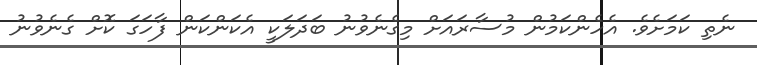
ނެތި ކަމަށެވެ. އެހެންކަމުން މުސާރައަށް މިގެނެވުނު ބަދަލަކީ އެކަންކަން ފާހަގަ ކޮށް ގެނެވުނު